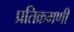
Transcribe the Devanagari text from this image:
प्रतिक्रमणी